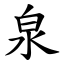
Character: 泉